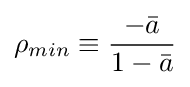
\rho _{min}\equiv {\frac {-{\bar {a}}}{1-{\bar {a}}}}